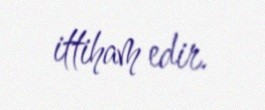
ittiham edir.